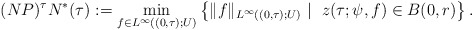
\begin{align*}(NP)^\tau N^*(\tau) := \displaystyle\min_{f \in L^{\infty}((0,\tau);U)} \left\lbrace \|f\|_{L^{\infty}((0,\tau);U)}\ | \ \; z(\tau;\psi,f)\in B(0,r)\right\rbrace.\end{align*}